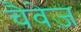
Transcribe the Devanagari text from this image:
चैवेज़